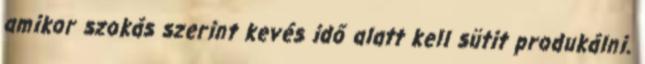
amikor szokás szerint kevés idő alatt kell sütit produkálni.